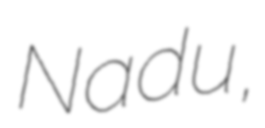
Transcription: Nadu,